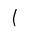
Letter: _alif